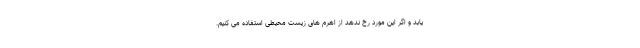
یابد و اگر این مورد رخ ندهد از اهرم های زیست محیطی استفاده می کنیم.